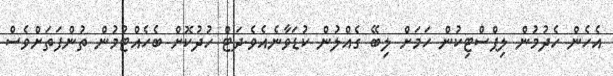
އެހެން ހެދުމުން ލިޕްސްޓިކުން ހަމަށް ލިބޭ ގެއްލުން ކުޑަވާނެއެވެ.ދަޓް ހުދުކޮށް ބެހެއްޓުމުން ތުންފަތަށްވެސް